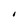
Character: I